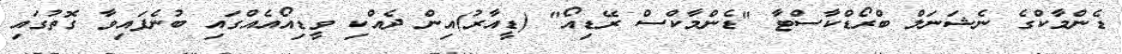
ޑެންމާކްގެ ނެޝަނަލް ބްރޯޑްކާސްޓާ "ޑެންމާކްސް ރޭޑިއޯ" (ޑީއާރު)އިން ދެއްކި ވީޑިއޯއެއްގައި ބުނެފައިވާ ގޮތުގައި